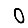
Digit: 0